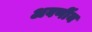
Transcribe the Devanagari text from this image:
अवर्णीय